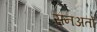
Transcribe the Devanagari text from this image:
सनअतों